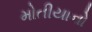
મોતીયાનો